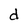
Character: d